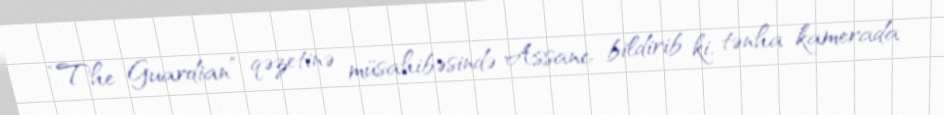
“The Guardian” qəzetinə müsahibəsində Assanc bildirib ki, tənha kamerada